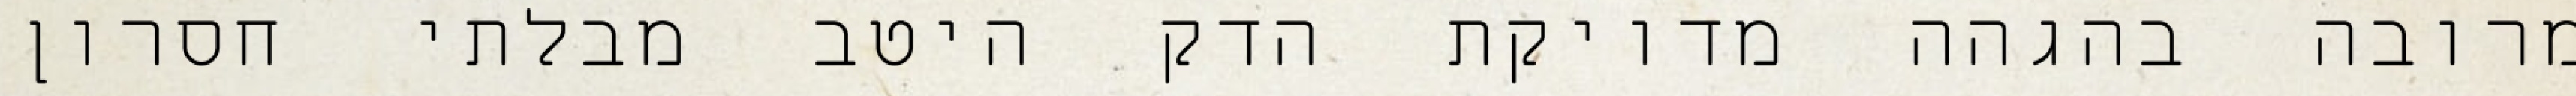
מרובה בהגהה מדויקת הדק היטב מבלתי חסרון